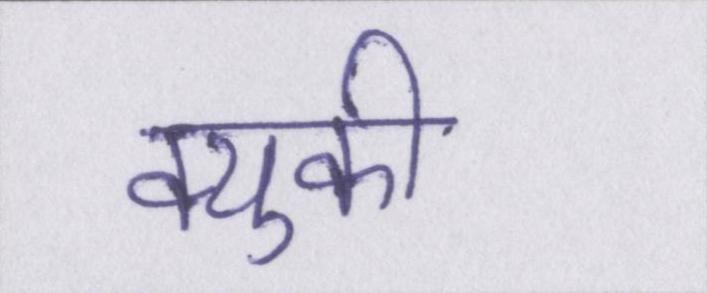
क्युकी